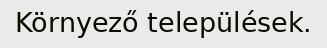
Környező települések.